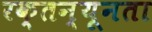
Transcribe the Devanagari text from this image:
रक्तन्यूनता